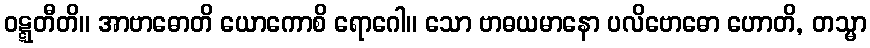
ဝဋ္ဋတီတိ။ အာဗာဓောတိ ယောကောစိ ရောဂေါ။ သော ဗာဓယမာနော ပလိဗောဓော ဟောတိ, တသ္မာ